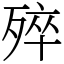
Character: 𣨛